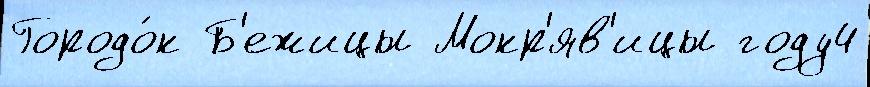
Городо́к Б'ежицы Мокр'яв'ицы году4